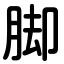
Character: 脚